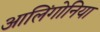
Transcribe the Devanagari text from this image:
आलिंगोनिया